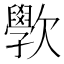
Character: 𭭗